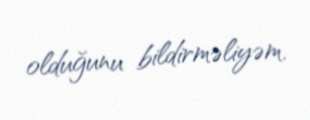
olduğunu bildirməliyəm.